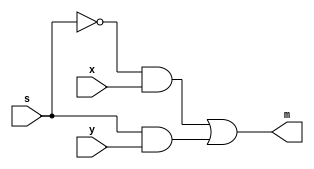
//2-1 multiplexer
module part2a (s,x,y,m);
	input s,x,y;
	output m;
	assign m=(~s&x)|(s&y);
endmodule